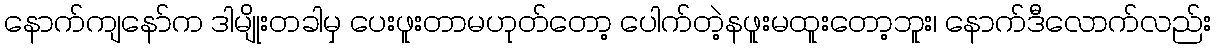
နောက်ကျနော်က ဒါမျိုးတခါမှ ပေးဖူးတာမဟုတ်တော့ ပေါက်တဲ့နဖူးမထူးတော့ဘူး၊ နောက်ဒီလောက်လည်း